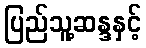
ပြည်သူ့ဆန္ဒနှင့်